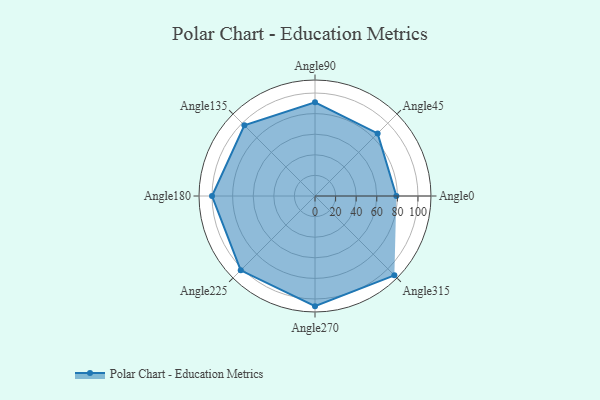
{"axis": {"x": "Angle", "y": "Radius"}, "legend": [""], "data": [{"x": "Angle0", "y": 79.0, "type": ""}, {"x": "Angle45", "y": 86.0, "type": ""}, {"x": "Angle90", "y": 91.0, "type": ""}, {"x": "Angle135", "y": 97.0, "type": ""}, {"x": "Angle180", "y": 100.0, "type": ""}, {"x": "Angle225", "y": 102.0, "type": ""}, {"x": "Angle270", "y": 107.0, "type": ""}, {"x": "Angle315", "y": 109.0, "type": ""}]}